Vaccination in the Punjab 1867-1880 - 1867-1880
Year: 1867
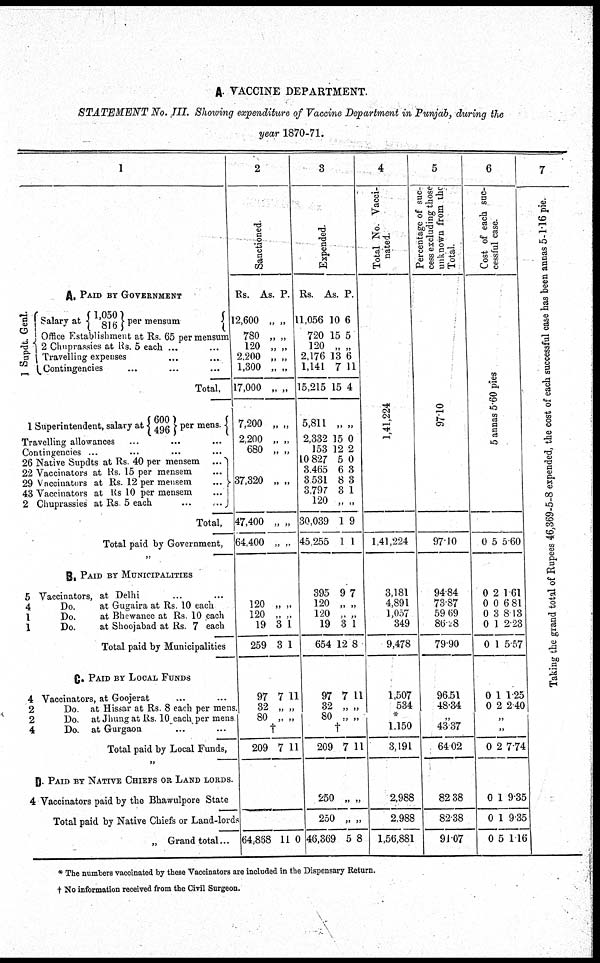
A. VACCINE DEPARTMENT.
STATEMENT No. III. Showing expenditure of Vaccine Department in Punjab, during the
year 1870-71.
1
A. PAID BY GOVERNMENT
1 Supdt. Genl.
{
Salary at { 1,050
816
} per mensum
{
Office Establishment at Rs. 65 per mensum
2 Chuprassies at Rs. 5 each ... ...
Travelling expenses ... ...
Contingencies ... ... ...
Total,
1 Superintendent, salary at { 600
496
} per mens. {
Travelling allowances ... ... ...
Contingencies ... ... ... ...
26
22
29
43
2
Native Supdts at Rs. 40 per mensem ...
Vaccinators at Rs. 15 per mensem ...
Vaccinators at Rs. 12 per mensem ...
Vaccinators at Rs 10 per mensem ...
Chuprassies at Rs. 5 each ... ...
}
Total,
Total paid by Government,
„
B. PAID BY MUNICIPALITIES
5
4
1
1
Vaccinators, at Delhi ... ...
Do.
at Gugaira at Rs. 10 each
Do.
at Bhewanee at Rs. 10 each
Do.
at Shoojabad at Rs. 7 each
Total paid by Municipalities
C. PAID BY LOCAL FUNDS
4
2
2
4
Vaccinators, at Goojerat ... ...
Do. at Hissar at Rs. 8 each per mens.
Do. at Jhung at Rs. 10 each per mens
Do. at Gurgaon ... ...
Total paid by Local Funds,
„
D. PAID BY NATIVE CHIEFS OR LAND LORDS.
4 Vaccinators paid by the Bhawulpore State
Total paid by Native Chiefs or Land-lords
„ Grand total...
2
Sanctioned.
Rs.
12,600
780
120
2,200
1,300
17,000
7,200
2,200
680
37,320
47,400
64,400
120
120
19
259
97
32
80
209
64,868
As.
„
„
„
„
„
„
„
„
„
„
„
„
„
„
3
3
7
„
„
†
7
11
P.
„
„
„
„
„
„
„
„
„
„
„
„
„
„
1
1
11
„
„
11
0
3
Expended.
Rs.
11,056
720
120
2,176
1,141
15,215
5,811
2,332
153
10 827
3.465
3.531
3.797
120
30,039
45,255
395
120
120
19
654
97
32
80
209
250
250
46,369
As.
10
15
„
13
7
15
„
15
12
5
6
8
3
„
1
1
9
„
„
3
12
7
„
„
†
7
„
„
5
P.
6
5
„
6
11
4
„
0
2
0
3
3
1
„
9
1
7
„
„
1
8
11
„
„
11
„
„
8
4
Total No. Vacci-
nated.
1,41,224
1,41,224
3,181
4,891
1,057
349
9,478
1,507
534
*
1.150
3,191
2,988
2,988
1,56,881
5
Percentage of suc-
cess excluding those
unknown from the
Total.
97.10
97.10
94.84
73.87
59.69
86. 8
79.90
96.51
48.34
„
43.37
64.02
82.38
82.38
91.07
6
Cost of e a c h suc-
cessful case.
5 annas 5.60 pies
0
0
0
0
0
0
0
0
5
2
0
3
1
1
1
2
5.60
1.61
6.81
8.13
2.23
5.57
1.25
2.40
„
„
0
0
0
0
2
1
1
5
7.74
9.35
9.35
1.16
7
Taking the grand
* The numbers vaccinated by these Vaccinators are included in the Dispensary Return.
† No information received from the Civil Surgeon.